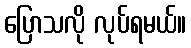
ပြောသလို လုပ်ရမယ်။